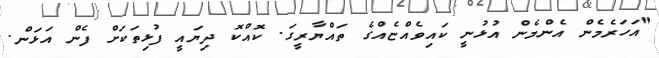
"އަހަރެމެން އެންމެން އުޅުނީ ކައިވެއްޏެއްގެ ތައްޔާރީގަ. ކޮއްކޮ ދިޔައީ ފުޅިތަކަށް ފެން އަޅަން.